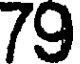
79